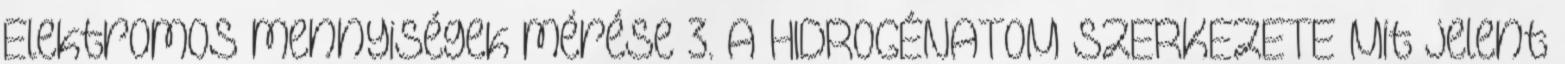
Elektromos mennyiségek mérése 3. A HIDROGÉNATOM SZERKEZETE Mit jelent